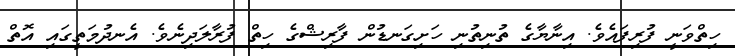
ހިތްވަނީ ފުރިފައެވެ. އިނާޔާގެ ތުނިތުނި ހަށިގަނޑުން ފާރިޝްގެ ހިތް ފުރާލަދިނެވެ. އެނދުމަތީގައި އޮތް